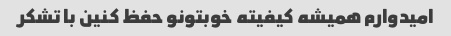
امیدوارم همیشه کیفیته خوبتونو حفظ کنین با تشکر